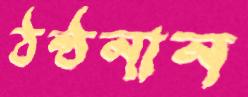
ঠন্‌ঠনান